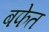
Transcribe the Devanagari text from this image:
बफेत